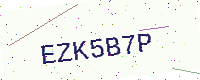
Text: EZK5B7P